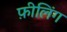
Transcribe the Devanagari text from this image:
फ़ीलिंग